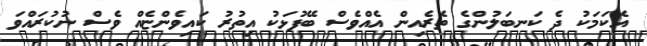
އެކަމަކު ދެ ކަނބަލުންގެ ތެރެއިން އެއްވެސް ބޭފުޅަކު އިތުރު ކައިިވެންޏެއް ވެސް ނުކުރައްވަ